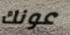
عونك